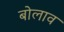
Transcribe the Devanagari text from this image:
बोलाव